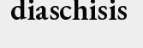
diaschisis